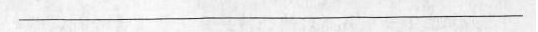
___